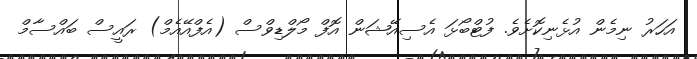
އަހަރު ނިމެން އުޅެނިކޮށެވެ. ފުޓްބޯޅަ އެސިއޭޝަން އޮފް މޯލްޑިވްސް (އެފްއޭއެމް) ރައީސް ބައްސާމް